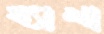
ব্যাখা